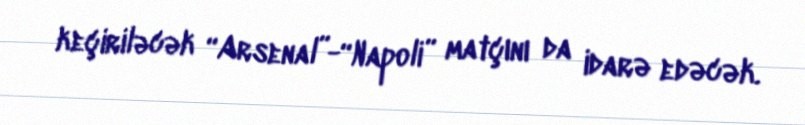
keçiriləcək “Arsenal”-“Napoli” matçını da idarə edəcək.